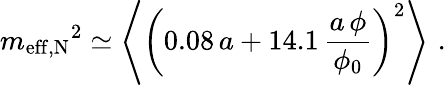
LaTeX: {m_{\mathrm{eff,N}}}^{2}\simeq\left\langle\left(0.08\, a+14.1\, \frac{a\, \phi}{\phi_{0}}\right)^{2}\right\rangle\, \, .